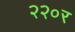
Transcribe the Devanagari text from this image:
२२०र